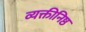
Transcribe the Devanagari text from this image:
व्यक्तीनिष्ठ